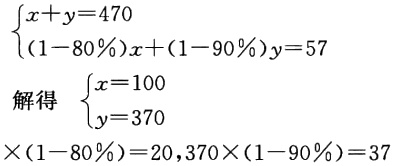
\[\begin{cases}

x + y = 470\\

(1 - 80\%)x + (1 - 90\%)y = 57

\end{cases}\]

解得 \(\begin{cases}

x = 100\\

y = 370

\end{cases}\)

\(\times(1 - 80\%) = 20,370\times(1 - 90\%) = 37\)